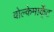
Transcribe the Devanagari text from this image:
वोल्केमार्के्ट